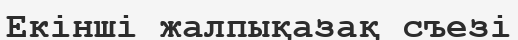
Екінші жалпықазақ съезі